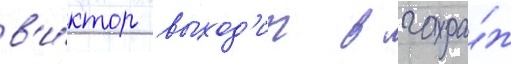
в'и́ктор выход'ит в гара́ж